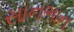
સાનભાન